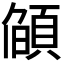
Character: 𮨌